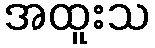
အထူးသ